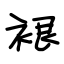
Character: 裉